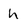
Character: h